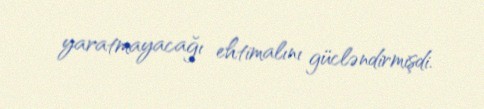
yaratmayacağı ehtimalını gücləndirmişdi.